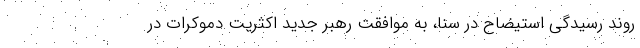
روند رسیدگی استیضاح در سنا، به موافقت رهبر جدید اکثریت دموکرات در